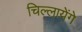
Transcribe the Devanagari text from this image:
चिल्लायेंगे